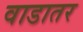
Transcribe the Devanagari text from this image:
वाडातर